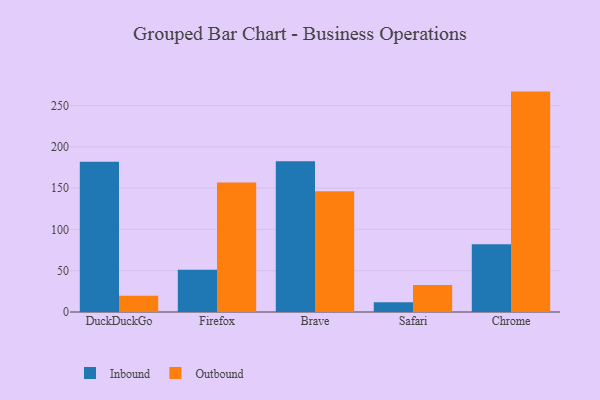
{"axis": {"x": "Browser", "y": "Headcount"}, "legend": ["Inbound", "Outbound"], "data": [{"x": "DuckDuckGo", "y": 182.1, "type": "Inbound"}, {"x": "DuckDuckGo", "y": 19.7, "type": "Outbound"}, {"x": "Firefox", "y": 51.1, "type": "Inbound"}, {"x": "Firefox", "y": 156.8, "type": "Outbound"}, {"x": "Brave", "y": 182.6, "type": "Inbound"}, {"x": "Brave", "y": 146.1, "type": "Outbound"}, {"x": "Safari", "y": 11.8, "type": "Inbound"}, {"x": "Safari", "y": 32.6, "type": "Outbound"}, {"x": "Chrome", "y": 81.9, "type": "Inbound"}, {"x": "Chrome", "y": 266.9, "type": "Outbound"}]}